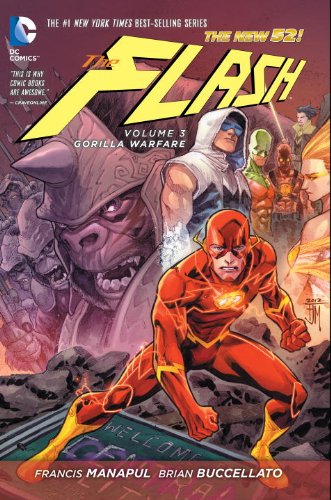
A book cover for The Flash Vol. 3: Gorilla Warfare (The New 52) (Flash (DC Comics Numbered)); Francis Manapul; Comics & Graphic Novels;